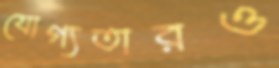
যোগ্যতারও